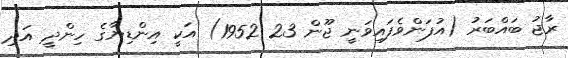
ރާޖު ބައްބަރު (އުފަންވެފައިވަނީ ޖޫން 23 1952) އަކީ އިންޑިޔާގެ ހިންދީ އަދި